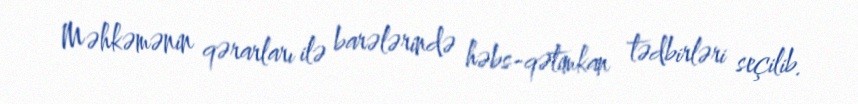
Məhkəmənin qərarları ilə barələrində həbs-qətimkan tədbirləri seçilib.